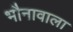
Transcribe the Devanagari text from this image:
भौनावाला